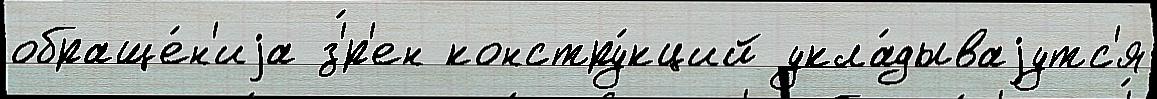
обраще́н'иjа з'́р'ен констру́кций укла́дываjутс'я